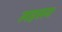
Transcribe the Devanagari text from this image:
लहसन